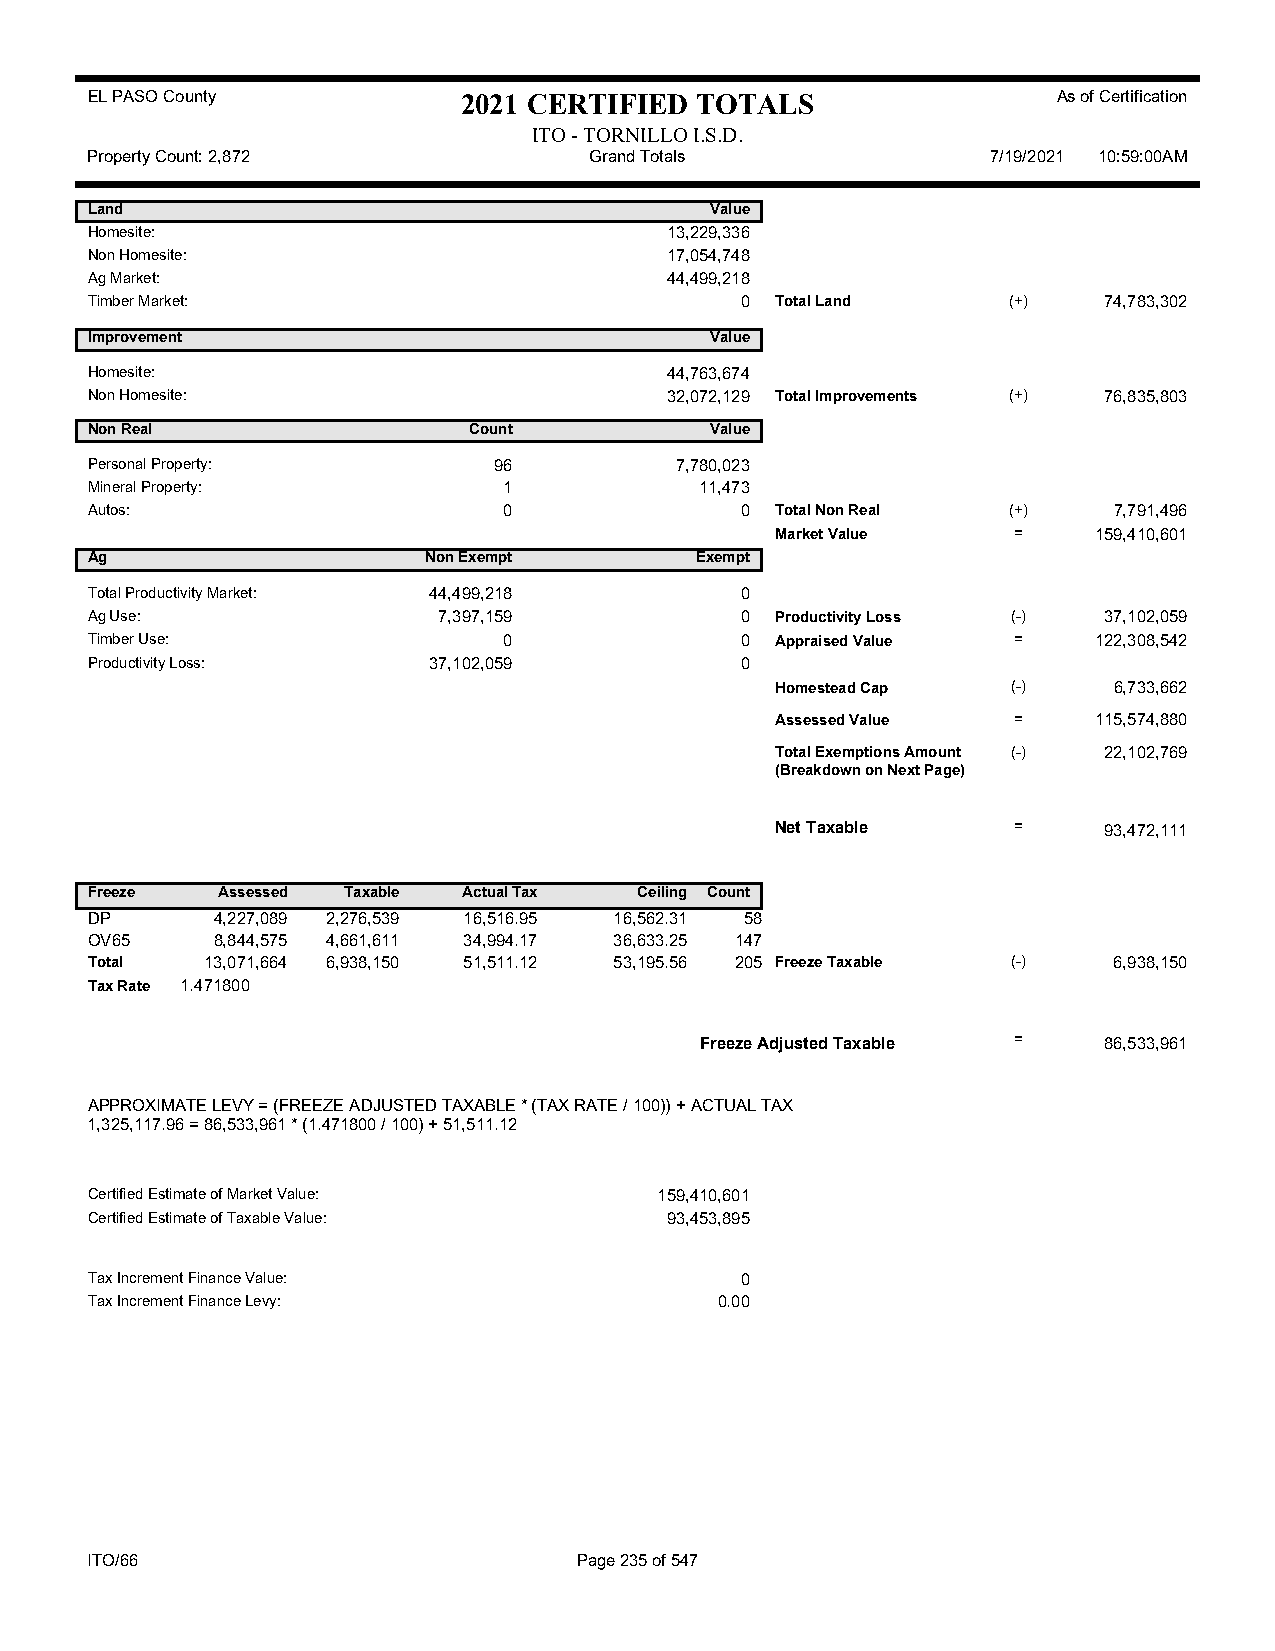
EL PASO County           2021 CERTIFIED TOTALS                  As of Certification
 ITO - TORNILLO I.S.D.
 Property Count: 2,872            Grand Totals               7/19/2021 10:59:00AM
 Land                                     Value
 Homesite:                             13,229,336
 Non Homesite:                         17,054,748
 Ag Market:                            44,499,218
 Timber Market:                             0 Total Land      (+)   74,783,302
 Improvement                              Value
 Homesite:                             44,763,674
 Non Homesite:                         32,072,129 Total Improvements (+) 76,835,803
 Non Real                 Count           Value
 Personal Property:         96          7,780,023
 Mineral Property:          1            11,473
 Autos:                     0               0 Total Non Real  (+)    7,791,496
 Market Value    =    159,410,601
 Ag                    Non Exempt        Exempt
 Total Productivity Market: 44,499,218      0
 Ag Use:                7,397,159           0 Productivity Loss (-) 37,102,059
 Timber Use:                0               0 Appraised Value =    122,308,542
 Productivity Loss:    37,102,059           0
 Homestead Cap   (-)    6,733,662
 Assessed Value  =    115,574,880
 Total Exemptions Amount (-) 22,102,769
 (Breakdown on Next Page)
 Net Taxable     =     93,472,111
 Freeze  Assessed Taxable Actual Tax Ceiling Count
 DP      4,227,089 2,276,539 16,516.95 16,562.31 58
 OV65    8,844,575 4,661,611 34,994.17 36,633.25 147
 Total   13,071,664 6,938,150 51,511.12 53,195.56 205 Freeze Taxable (-) 6,938,150
 Tax Rate 1.471800
 Freeze Adjusted Taxable =  86,533,961
 APPROXIMATE LEVY = (FREEZE ADJUSTED TAXABLE * (TAX RATE / 100)) + ACTUAL TAX
 1,325,117.96 = 86,533,961 * (1.471800 / 100) + 51,511.12
 Certified Estimate of Market Value:   159,410,601
 Certified Estimate of Taxable Value:  93,453,895
 Tax Increment Finance Value:               0
 Tax Increment Finance Levy:               0.00
 ITO/66                          Page 235 of 547